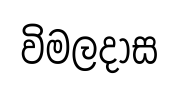
විමලදාස